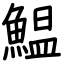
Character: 鰛